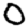
Digit: 0